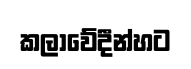
කලාවේදීන්හට